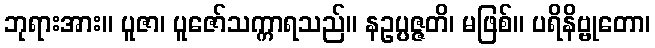
ဘုရားအား။ ပူဇာ၊ ပူဇော်သက္ကာရသည်။ နဥပ္ပဇ္ဇတိ၊ မဖြစ်။ ပရိနိဗ္ဗုတော၊